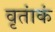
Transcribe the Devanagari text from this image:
वृतांकं